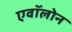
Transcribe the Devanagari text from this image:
एवॉलोन